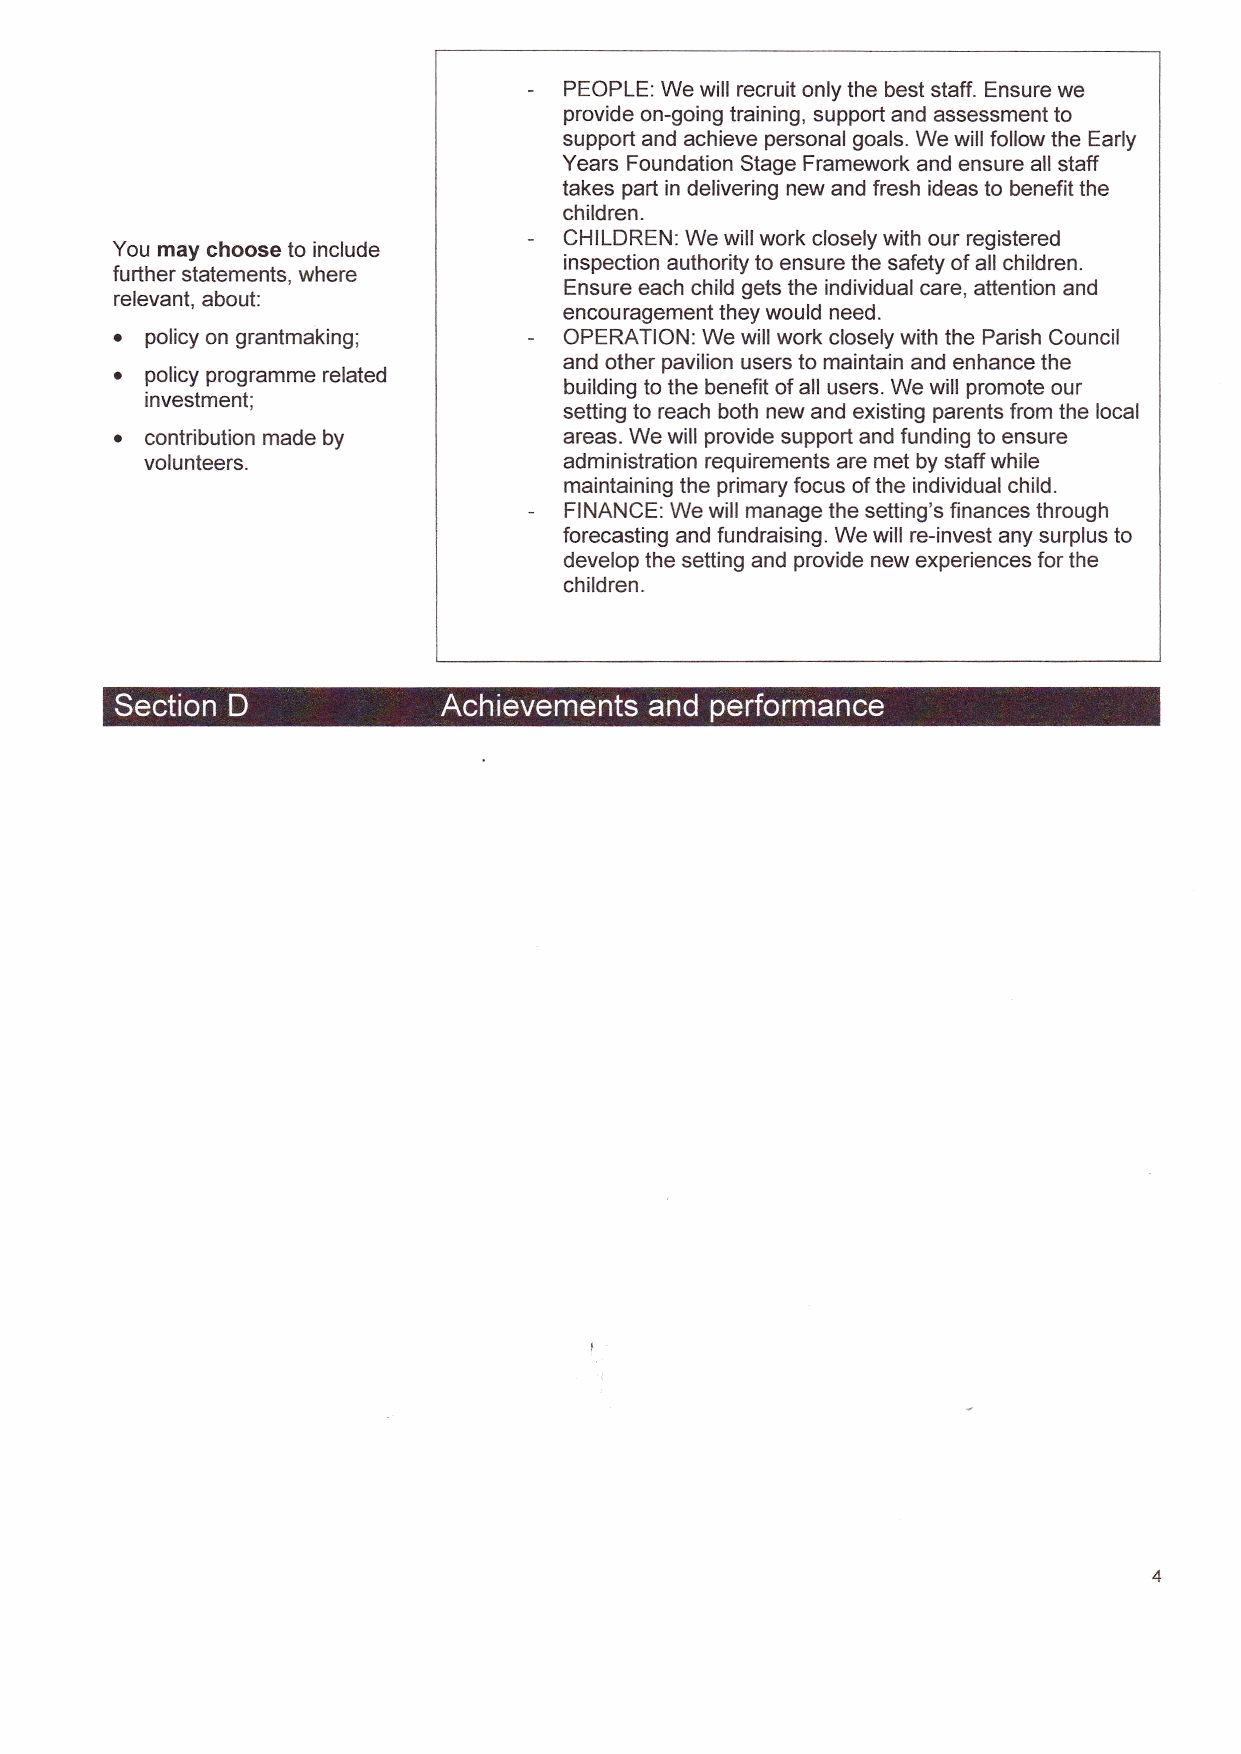
PEOPLE: We will recruit only the best staff. Ensure we
 provide on-going training, support and assessment to
 support and achieve personal goals. We will follow the Early
 Years Foundation Stage Framework and ensure all staff
 takes part in delivering new and fresh ideas to benefit the
 children.
 CHILDREN: We willwork closely with our registered
 You may choose to include
 inspection authority to ensure the safety of all children.
 further statements, where
 Ensure each child gets the individual care, attention and
 relevant, about:
 encouragement they would need.
 o
 policy on grantmaking;     OPERATION:We willwork closely with the Parish Council
 o                            and other pavilion users to maintain and enhance the
 policy programme related
 building to the benefit of all users. We will promote our
 investment;
 setting to reach both new and existing parents from the local
 .
 contribution made by       areas. We will provide support and funding to ensure
 volunteers.                administration requirements are met by staff while
 maintaining the primary focus of the individual child.
 FINANCE: We will manage the setting's finances through
 forecasting and fundraising. We will re-invest any surplus to
 develop the setting and provide new experiences for the
 children.
 Section D            Achievements  and perforrn